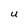
Character: U